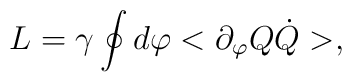
L=\gamma\oint  d\varphi <\partial_\varphi Q \dot Q>,